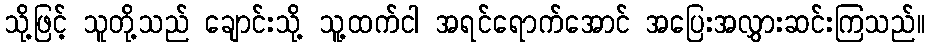
သို့ဖြင့် သူတို့သည် ချောင်းသို့ သူ့ထက်ငါ အရင်ရောက်အောင် အပြေးအလွှားဆင်းကြသည်။